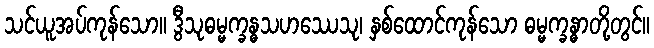
သင်ယူအပ်ကုန်သော။ ဒွီသုဓမ္မက္ခန္ဓသဟဿေသု၊ နှစ်ထောင်ကုန်သော ဓမ္မက္ခန္ဓာတို့တွင်။